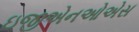
ઇજીએનઓએસ